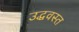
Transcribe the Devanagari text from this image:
उद्धवस्‍त